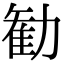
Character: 勧